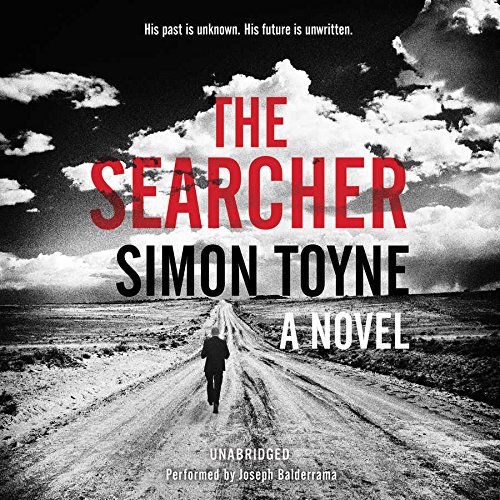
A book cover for The Searcher: A Novel  (Solomon Creed Series, Book 1); Simon Toyne; Mystery, Thriller & Suspense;